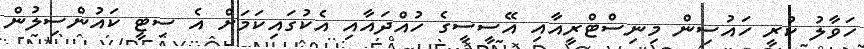
ހަވާލު ކުރީ ހައުސިން މިނިސްޓްރީއާއި އޭސީސީގެ ހުއްދައާއި އެކުގައިކަމަށް އެ ސިޓީ ކައުންސިލުން